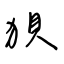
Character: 狽